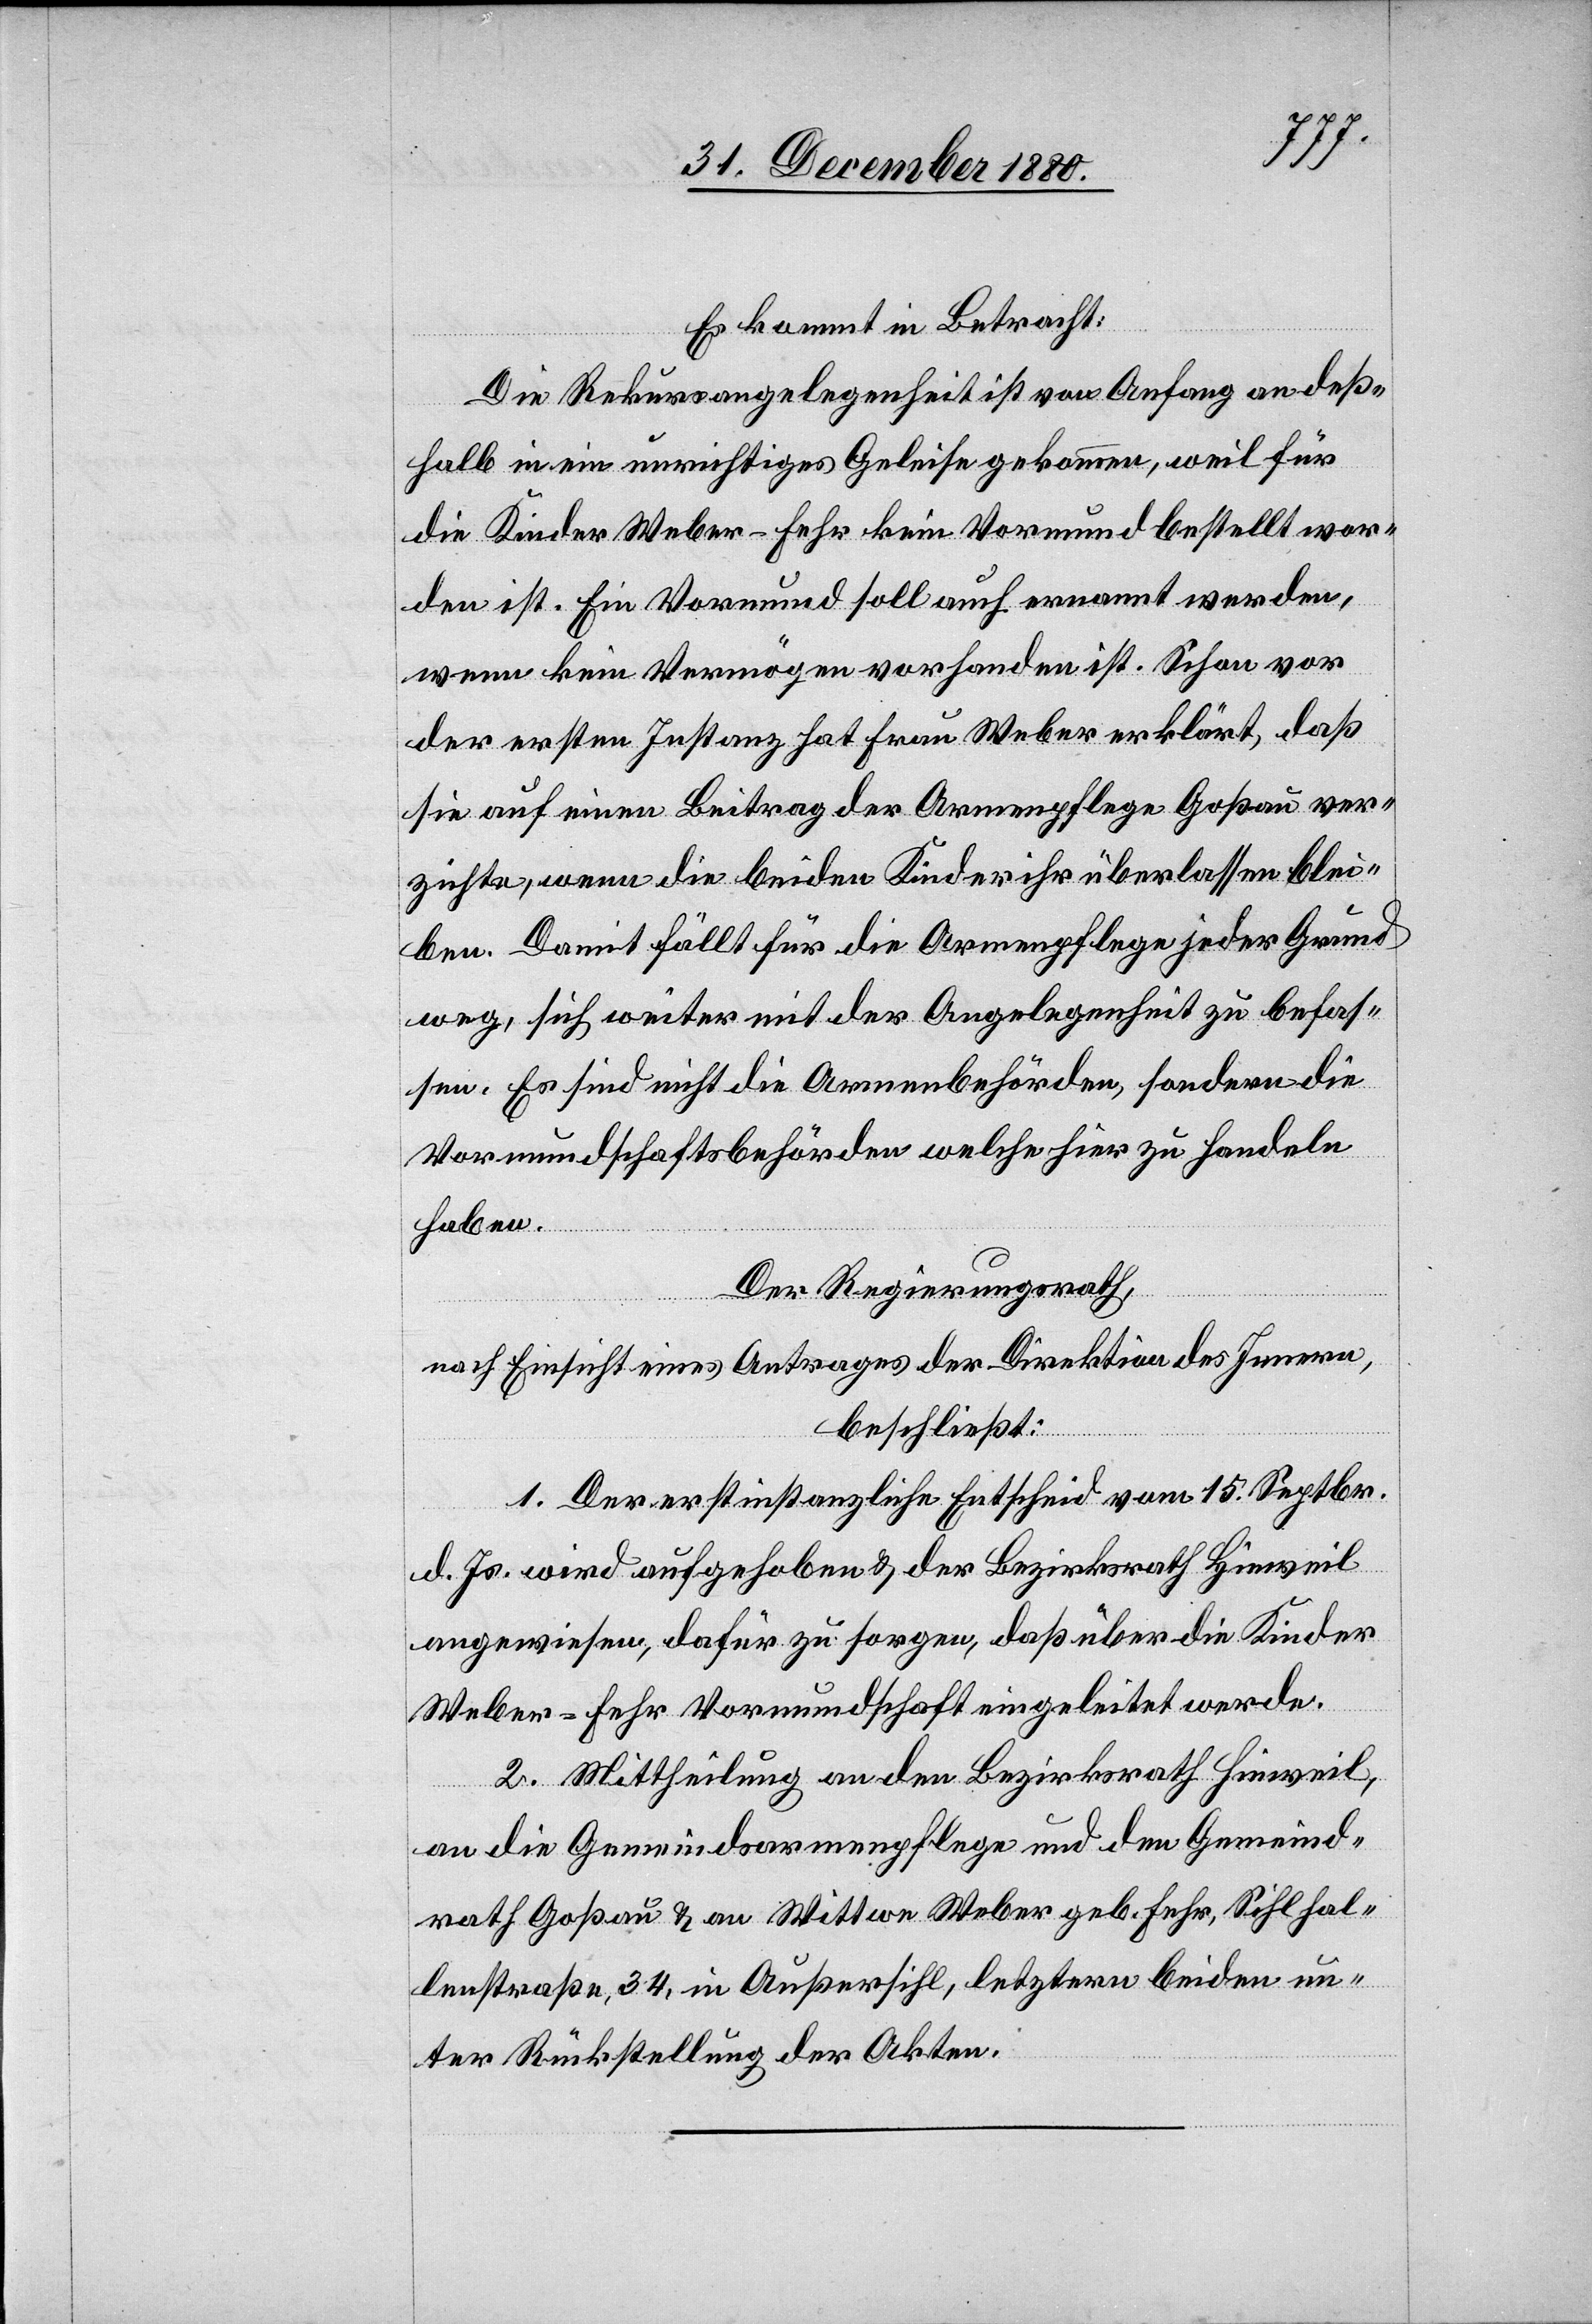
Es kommt in Betracht:
Die Rekursangelegenheit ist von Anfang an deß¬
halb in ein unrichtiges Geleise gekommen, weil für
die Kinder Weber-Fehr kein Vormund bestellt wor¬
den ist. Ein Vormund soll auch ernannt werden,
wenn kein Vermögen vorhanden ist. Schon vor
der ersten Instanz hat Frau Weber erklärt, daß
sie auf einen Beitrag der Armenpflege Goßau ver¬
zichte, wenn die beiden Kinder ihr überlassen blei¬
ben. Damit fällt für die Armenpflege jeder Grund
weg, sich weiter mit der Angelegenheit zu befas¬
sen. Es sind nicht die Armenbehörden, sondern die
Vormundschaftsbehörden welche hier zu handeln
haben.
Der Regierungsrath,
nach Einsicht eines Antrages der Direktion des Innern,
beschließt:
1. Der erstinstanzliche Entscheid vom 15. Septbr.
d. Js. wird aufgehoben & der Bezirksrath Hinweil
angewiesen, dafür zu sorgen, daß über die Kinder
Weber-Fehr Vormundschaft eingeleitet werde.
2. Mittheilung an den Bezirksrath Hinweil,
an die Gemeindsarmenpflege und den Gemeind¬
rath Goßau & an Wittwe Weber geb. Fehr, Sihlhal¬
lenstraße, 34, in Außersihl, letztern beiden un¬
ter Rückstellung der Akten.